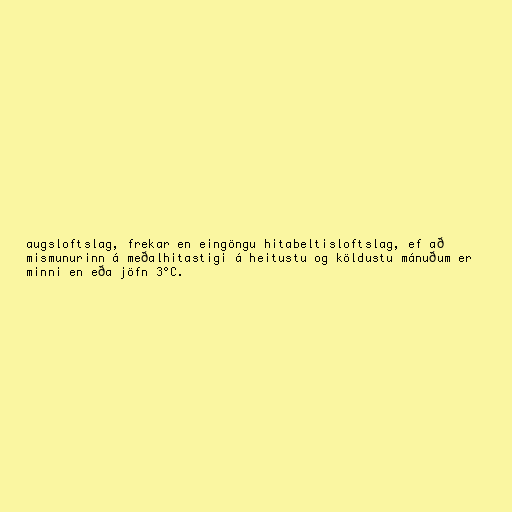
augsloftslag, frekar en eingöngu hitabeltisloftslag, ef að
mismunurinn á meðalhitastigi á heitustu og köldustu mánuðum er
minni en eða jöfn 3°C.